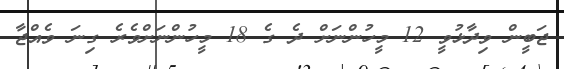
ޖަބީން ވިދާޅުވީ 12 މީހުންނަށް ދެ ގެ 18 މީހުންނަށްވެރެ ގިނަ ވެއްޖާ